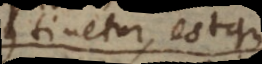
continetur, estque